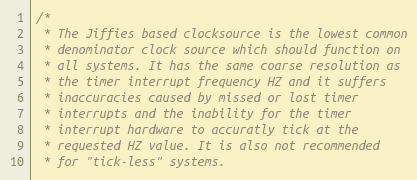
Language: C
/*
 * The Jiffies based clocksource is the lowest common
 * denominator clock source which should function on
 * all systems. It has the same coarse resolution as
 * the timer interrupt frequency HZ and it suffers
 * inaccuracies caused by missed or lost timer
 * interrupts and the inability for the timer
 * interrupt hardware to accuratly tick at the
 * requested HZ value. It is also not recommended
 * for "tick-less" systems.